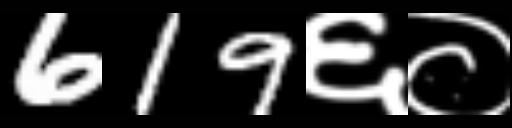
Text: 619६०